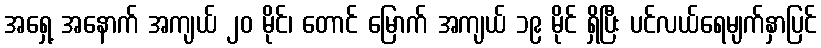
အရှေ့ အနောက် အကျယ် ၂၀ မိုင်၊ တောင် မြောက် အကျယ် ၁၉ မိုင် ရှိပြီး ပင်လယ်ရေမျက်နှာပြင်